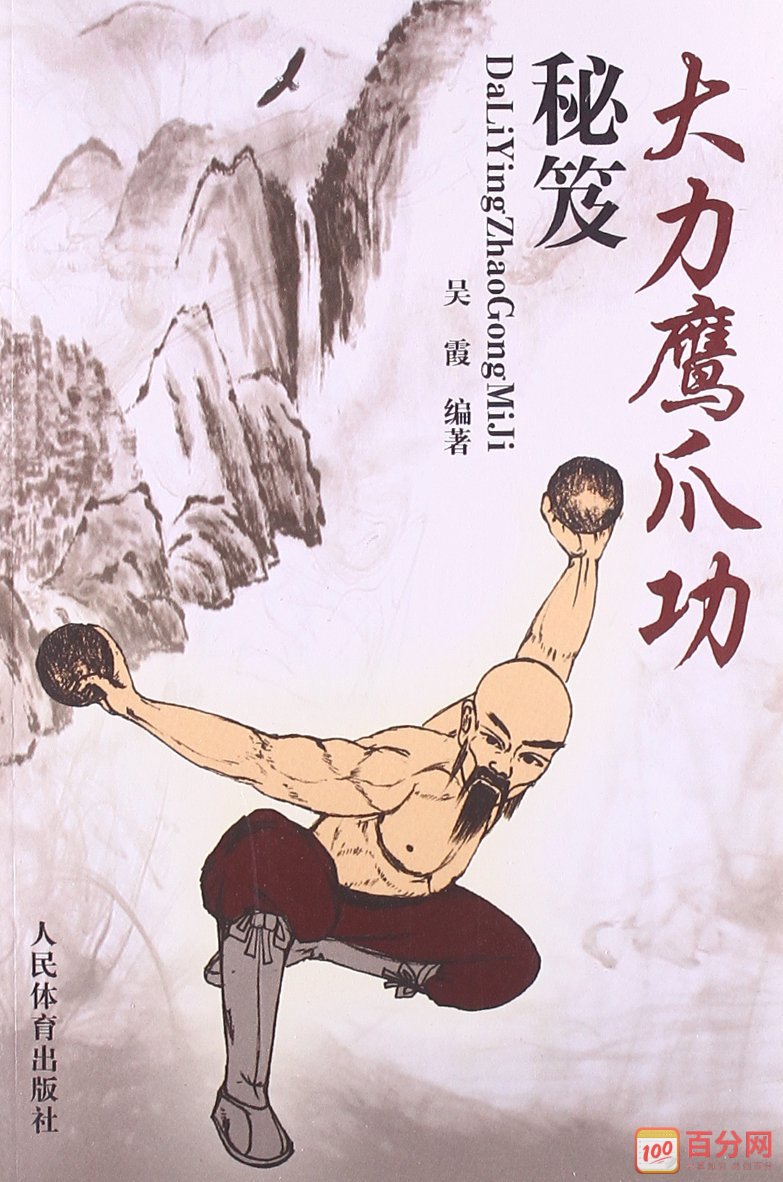
规小节者不能成荣名，恶小耻者不能立大功。